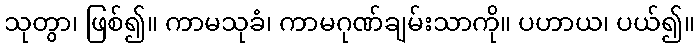
သုတွာ၊ ဖြစ်၍။ ကာမသုခံ၊ ကာမဂုဏ်ချမ်းသာကို။ ပဟာယ၊ ပယ်၍။